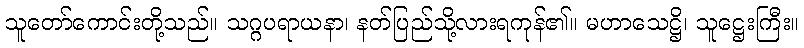
သူတော်ကောင်းတို့သည်။ သဂ္ဂပရာယနာ၊ နတ်ပြည်သို့လားရကုန်၏။ မဟာသေဋ္ဌိ၊ သူဋ္ဌေးကြီး။